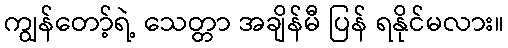
ကျွန်တော့်ရဲ့ သေတ္တာ အချိန်မီ ပြန် ရနိုင်မလား။